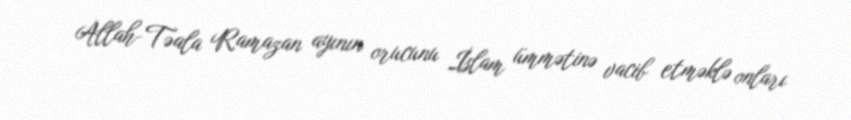
Allah-Təala Ramazan ayının orucunu İslam ümmətinə vacib etməklə onları